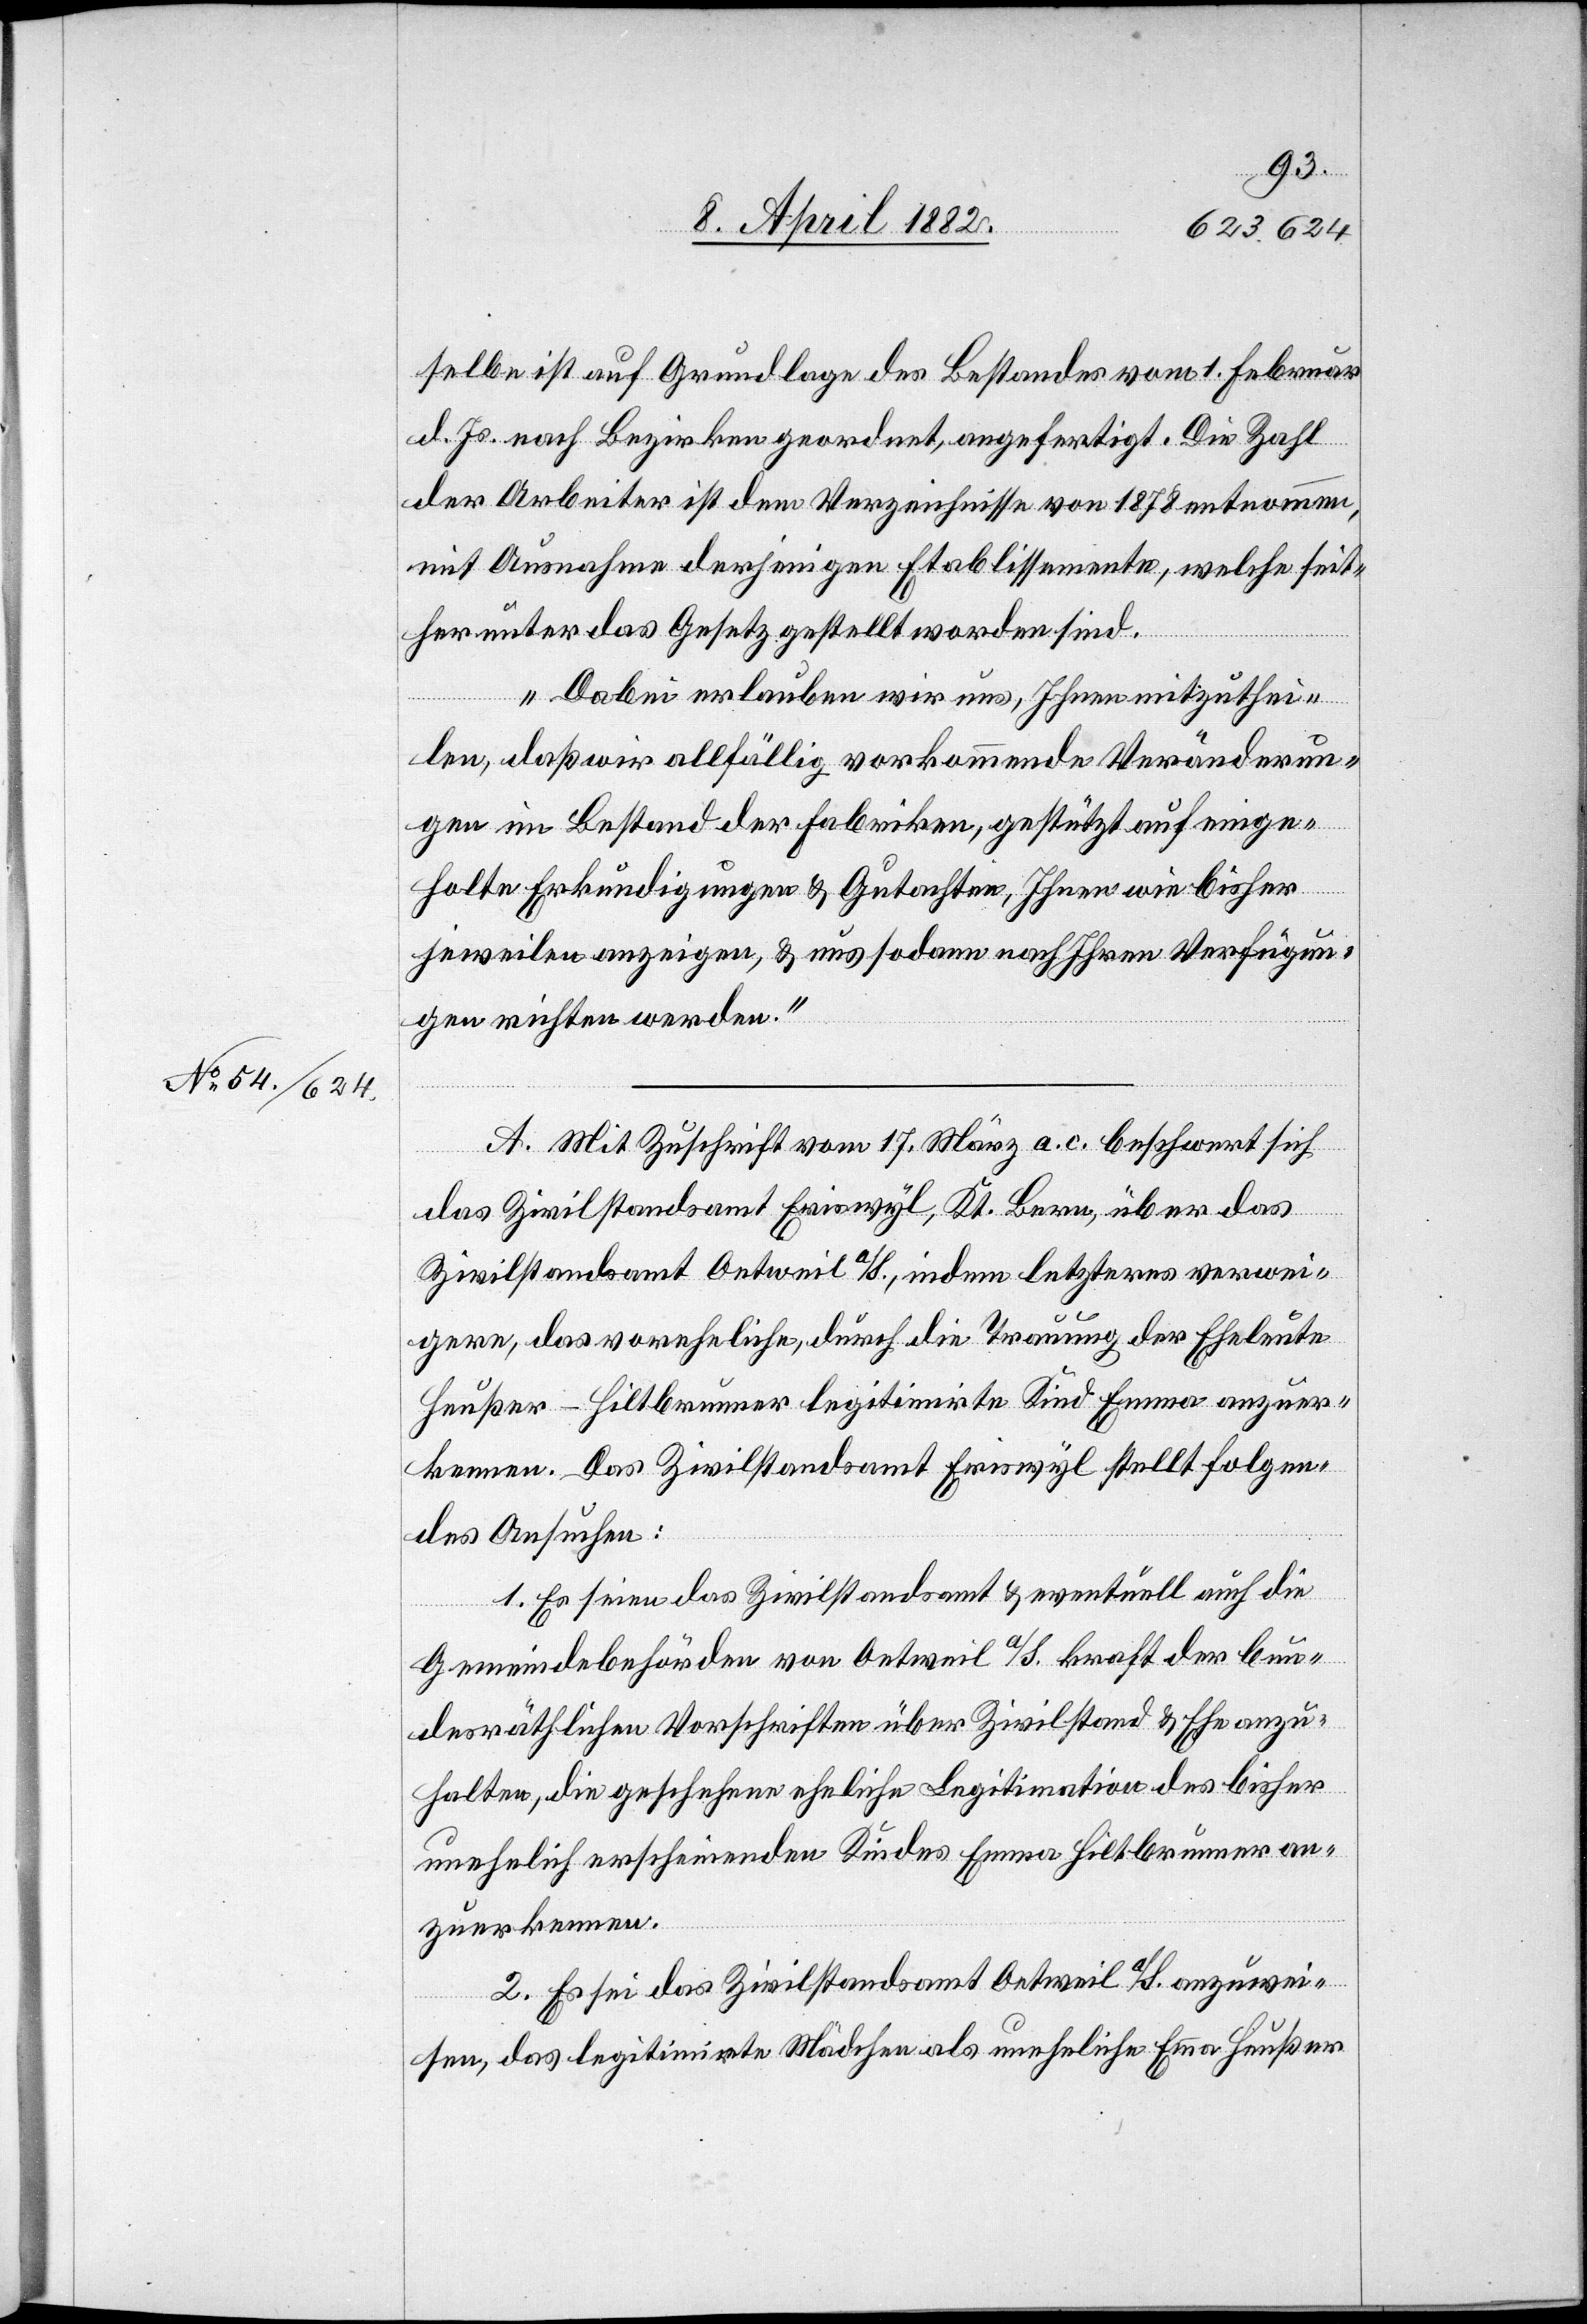
selbe ist auf Grundlage des Bestandes vom 1. Februar
d. Js. nach Bezirken geordnet, angefertigt. Die Zahl
der Arbeiter ist dem Verzeichnisse von 1878 entnommen,
mit Ausnahme derjenigen Etablissemente, welche seit¬
her unter das Gesetz gestellt worden sind.
Dabei erlauben wir uns, Ihnen mitzuthei¬
len, daß wir allfällig vorkommende Veränderun¬
gen im Bestand der Fabriken, gestützt auf einge¬
holte Erkundigungen & Gutachten, Ihnen wie bisher
jeweilen anzeigen, & uns sodann nach Ihren Verfügun¬
gen richten werden.“
A. Mit Zuschrift vom 17. März a. c. beschwert sich
das Zivilstandsamt Eriswyl, Kt. Bern, über das
Zivilstandsamt Oetweil a/S., indem letzteres verwei¬
gere, das voreheliche, durch die Trauung der Eheleute
Heußer-Hiltbrunner legitimirte Kind Emma anzuer¬
kennen. Das Zivilstandsamt Eriswyl stellt folgen¬
des Ansuchen:
1. Es seien das Zivilstandsamt & eventuell auch die
Gemeindebehörden von Oetweil a/S. kraft der bun¬
desräthlichen Vorschriften über Zivilstand & Ehe anzu¬
halten, die geschehene eheliche Legitimation des bisher
unehelich erscheinenden Kindes Emma Hiltbrunner an¬
zuerkennen.
2. Es sei das Zivilstandsamt Oetweil a/S. anzuwei¬
sen, das legitimirte Mädchen als uneheliche Emma Heußer